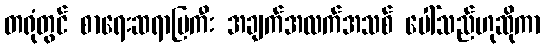
တရုံတွင် စာရေးဆရာမြကီး အချက်အလက်အသစ် ပေါ်သည်ဟုဆိုကာ